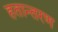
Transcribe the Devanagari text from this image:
हतान्तरण